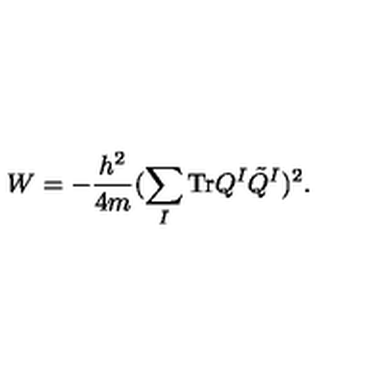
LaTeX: W = - \frac { h ^ { 2 } } { 4 m } ( \sum _ { I } \mathrm { T r } Q ^ { I } \tilde { Q } ^ { I } ) ^ { 2 } .